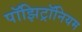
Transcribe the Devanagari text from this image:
पॉझिट्रॉनियम